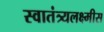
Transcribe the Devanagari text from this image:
स्वातंत्र्यलक्ष्मीस